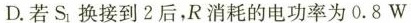
D.若S_{1}换接到2后，R消耗的电功率为0.8W